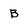
Character: B